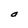
Character: O